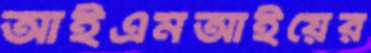
আইএমআইয়ের